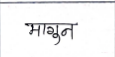
मजकूर: भागुन